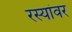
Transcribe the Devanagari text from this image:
रस्यांवर